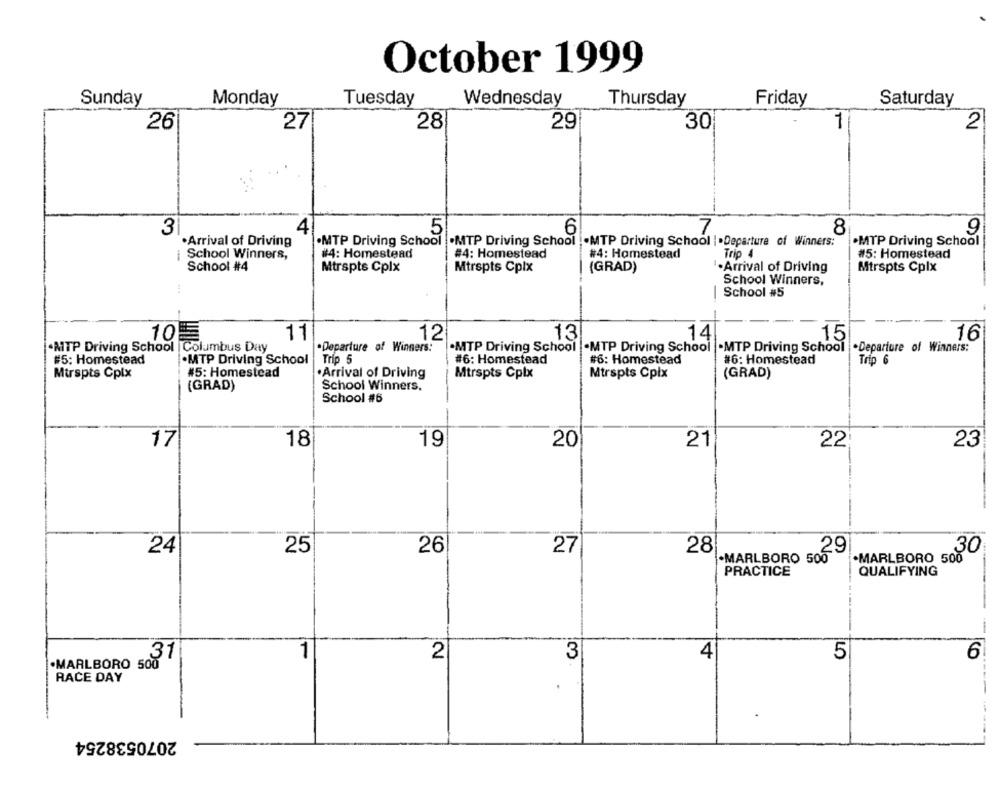
October 1999
Sunday
Monday
Tuesday
Wednesday
Thursday
Friday
Saturday
26
27
28
29
30
1
2
3
4
5
6
7
8
9
·Arrival of Driving
.MTP Driving School
.MTP Driving School .. MTP Driving School |.Departure of Winners:
.MTP Driving School
#4: Homestead
Trip 4
#5: Homestead
¡ School Winners,
#4: Homestead
#4: Homestead
School #4
Mtrspts Cplx
Mtrspts Cplx
(GRAD)
·Arrival of Driving
Mtrspts Cplx
School Winners,
School #5
-
105
11
12
13
14
15
16
.MTP Driving School |Columbus Day
.Departure of Winners:
.MTP Driving School
.MTP Driving School
.MTP Driving School
.Departure of Winners:
#5; Homestead
.MTP Driving School
Trip 5
#6: Homestead
#6: Homestead
#6: Homestead
Trip 6
Murspts Cpix
#5: Homestead
·Arrival of Driving
Mtrspts Cplx
Mtrspts Cpix
(GRAD)
(GRAD)
School Winners.
School #6
-
17
18
19
20
21
22
23
24
25
26
27
28
29
30
.MARLBORO 500
.MARLBORO 500
QUALIFYING
PRACTICE
1
2
3
4
5
6
.MARLBORO 508 7
RACE DAY
2070538254